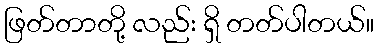
ဖြတ်တာတို့ လည်း ရှိ တတ်ပါတယ်။